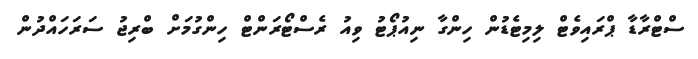
ސްޓްރާޑާ ޕްރައިވެޓް ލިމިޓެޑުން ހިންގާ ނިއުޕޯޓު ވިއު ރެސްޓޯރަންޓް ހިންގުމަށް ބްރިޖު ސަރަހައްދުން